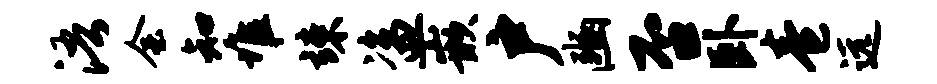
浯会知堆竦盗嵌户豳否卧卷远